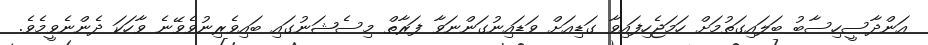
އަންދާސީހިސާބު ބަލައިގަތުމަށް ހަމަޖެހިފައިވާ ގަޑިއަށް ވަޑައިނުގަންނަވާ ފަރާތް މިސެޝަނުގައި ބައިވެރިނުވެވޭނެ ވާހަކަ ދެންނެވީމެވެ.